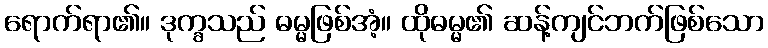
ရောက်ရာ၏။ ဒုက္ခသည် ဓမ္မဖြစ်အံ့။ ထိုဓမ္မ၏ ဆန့်ကျင်ဘက်ဖြစ်သော